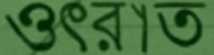
ওৎরাত